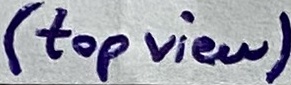
Text: (top view)